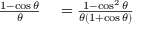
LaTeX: \begin{array} { r l } { { \frac { 1 - \cos \theta } { \theta } } } & { { } = { \frac { 1 - \cos ^ { 2 } \theta } { \theta ( 1 + \cos \theta ) } } } \end{array}